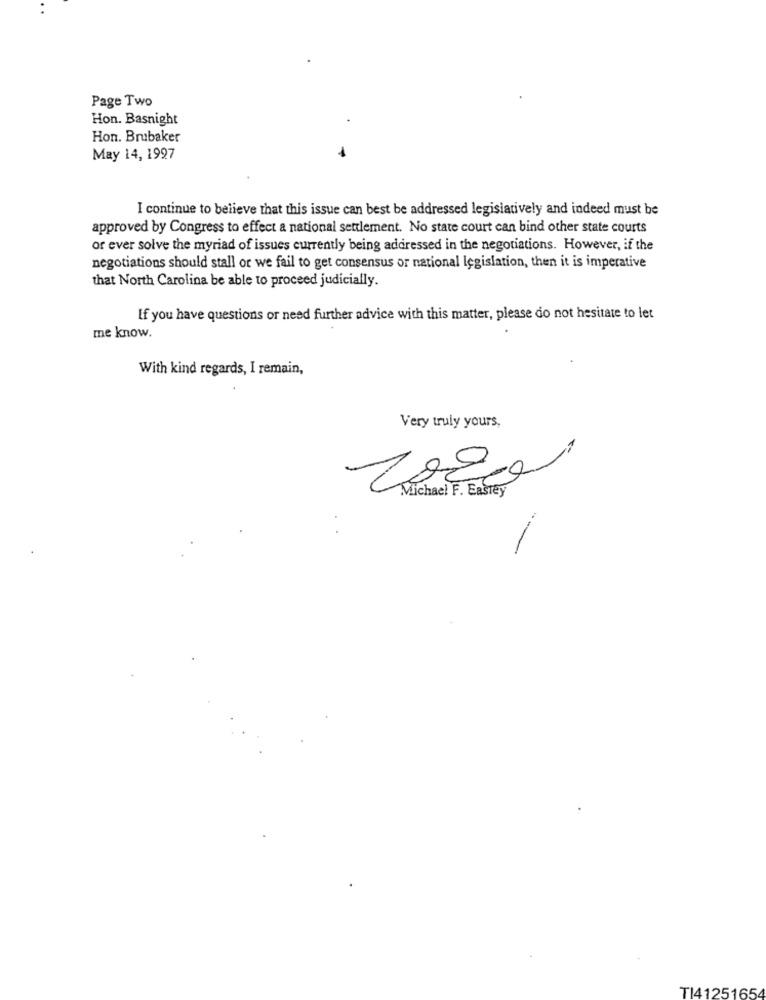
Page Two
Hon. Basnight
Hon. Brubaker
May 14, 1997
I continue to believe that this issue can best be addressed legislatively and indeed must be
approved by Congress to effect a national settlement. No state court can bind other state courts
or ever solve the myriad of issues currently being addressed in the negotiations. However, if the
negotiations should stall or we fail to get consensus or national legislation, then it is imperative
that North Carolina be able to proceed judicially.
If you have questions or need further advice with this matter, please do not hesitate to let
me know.
With kind regards, I remain,
Very truly yours,
Michael F. Easily
TI41251654